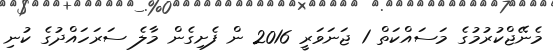
މެނޭޖްކުރުމުގެ މަސައްކަތް 1 ޖަނަވަރީ 2016 ން ފެށިގެން މާލެ ސަރަހައްދުގެ ކުނި